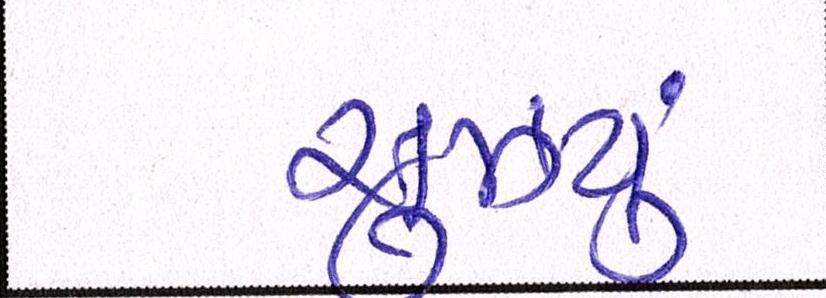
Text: સુઝયું